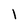
Character: l